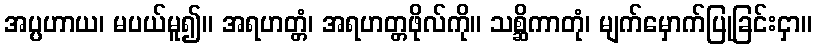
အပ္ပဟာယ၊ မပယ်မူ၍။ အရဟတ္တံ၊ အရဟတ္တဖိုလ်ကို။ သစ္ဆိကာတုံ၊ မျက်မှောက်ပြုခြင်းငှာ။